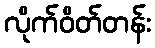
လိုက်ဝိတ်တန်း